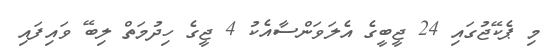
މި ޕެކޭޖުގައި 24 ޖީބީގެ އެލަވަންސާއެކު 4 ޖީގެ ހިދުމަތް ލިބޭ ވައިފައި